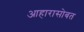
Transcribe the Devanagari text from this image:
आहारासोबत